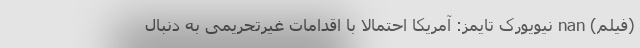
(فیلم) nan نیویورک تایمز: آمریکا احتمالا با اقدامات غیرتحریمی به دنبال